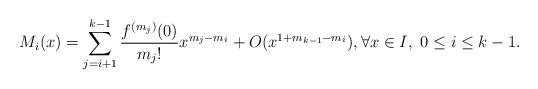
LaTeX: \begin{align*}M_i(x) = \sum_{j=i+1}^{k-1} \frac{f^{(m_j)}(0)}{m_j!} x^{m_j-m_i} +O(x^{1+m_{k-1}-m_i}), \forall x \in I, \ 0 \leq i \leq k-1.\end{align*}